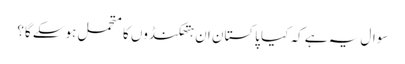
سوال یہ ہے کہ کیا پاکستان ان ہتھکنڈوں کا متحمل ہوسکے گا؟